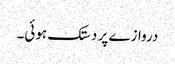
دروازے پر دستک ہوئی۔